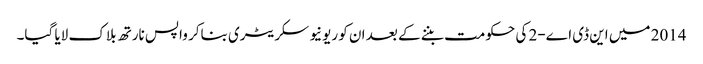
2014 میں این ڈی اے-2 کی حکومت بننے کے بعد ان کو ریونیو سکریٹری بناکر واپس نارتھ بلاک لایا گیا۔